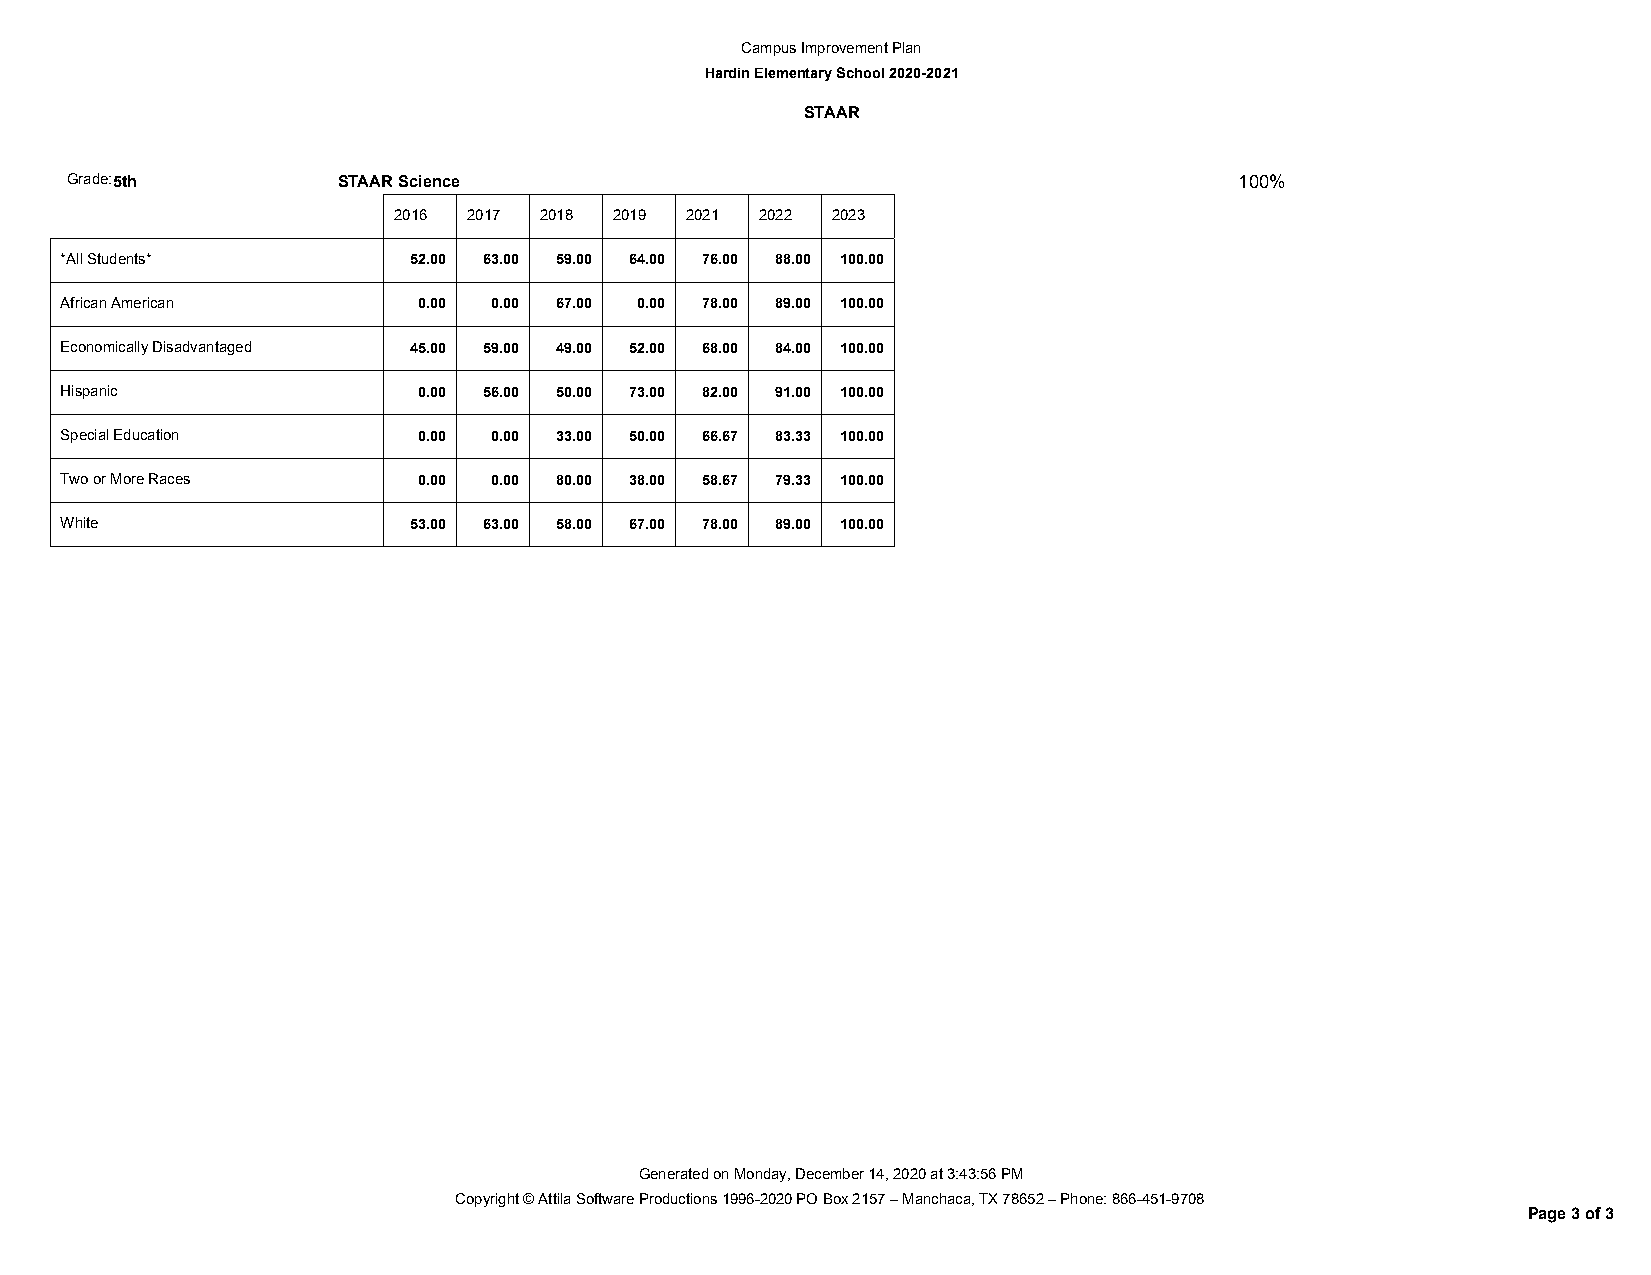
Campus Improvement Plan
 Hardin Elementary School 2020-2021
 STAAR
 Grade:5th         STAAR Science                                               100%
 2016 2017 2018 2019 2021 2022 2023
 *All Students*         52.00 63.00 59.00 64.00 76.00 88.00 100.00
 African American        0.00 0.00 67.00 0.00 78.00 89.00 100.00
 Economically Disadvantaged 45.00 59.00 49.00 52.00 68.00 84.00 100.00
 Hispanic                0.00 56.00 50.00 73.00 82.00 91.00 100.00
 Special Education       0.00 0.00 33.00 50.00 66.67 83.33 100.00
 Two or More Races       0.00 0.00 80.00 38.00 58.67 79.33 100.00
 White                  53.00 63.00 58.00 67.00 78.00 89.00 100.00
 Generated on Monday, December 14, 2020 at 3:43:56 PM
 Copyright © Attila Software Productions 1996-2020 PO Box 2157 – Manchaca, TX 78652 – Phone: 866-451-9708
 Page 3 of 3